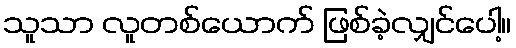
သူသာ လူတစ်ယောက် ဖြစ်ခဲ့လျှင်ပေါ့။